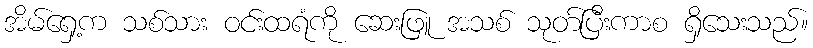
အိမ်ရှေ့က သစ်သား ဝင်းထရံကို ဆေးဖြူ အသစ် သုတ်ပြီးကာစ ရှိသေးသည်။